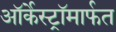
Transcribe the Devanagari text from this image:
ऑर्केस्ट्रॉमार्फत